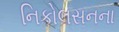
નિકોલસનના